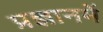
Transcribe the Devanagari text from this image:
प्रज्ञानमें